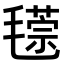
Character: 𣰁